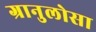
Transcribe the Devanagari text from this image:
ग्रानुलोसा